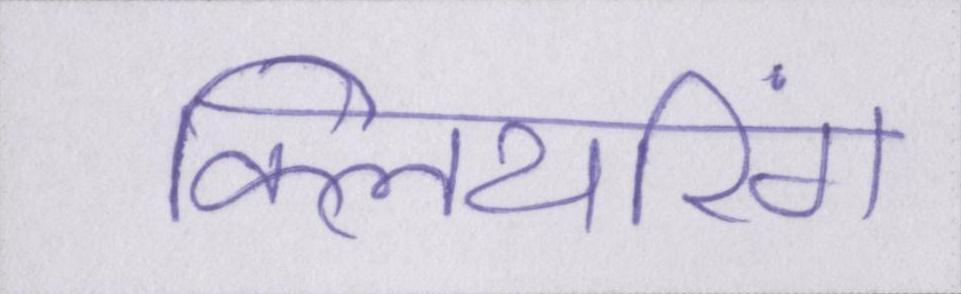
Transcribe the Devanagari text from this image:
क्लियरिंग